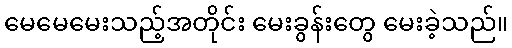
မေမေမေးသည့်အတိုင်း မေးခွန်းတွေ မေးခဲ့သည်။